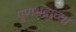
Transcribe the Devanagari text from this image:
गुणभद्राच्या